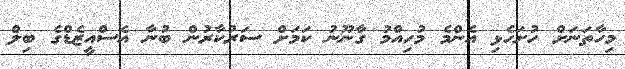
މިހާތަނަށް ހުށަހެޅި އެންމެ މުހިއްމު ގާނޫނު ކަމަށް ސަރުކާރުން ބުނާ އެސްއީޒެޑްގެ ބިލް